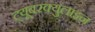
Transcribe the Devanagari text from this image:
ट्यूबरक्युलाइन